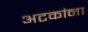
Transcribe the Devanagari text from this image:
अटकांना